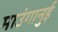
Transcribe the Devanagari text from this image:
माउंगानुई